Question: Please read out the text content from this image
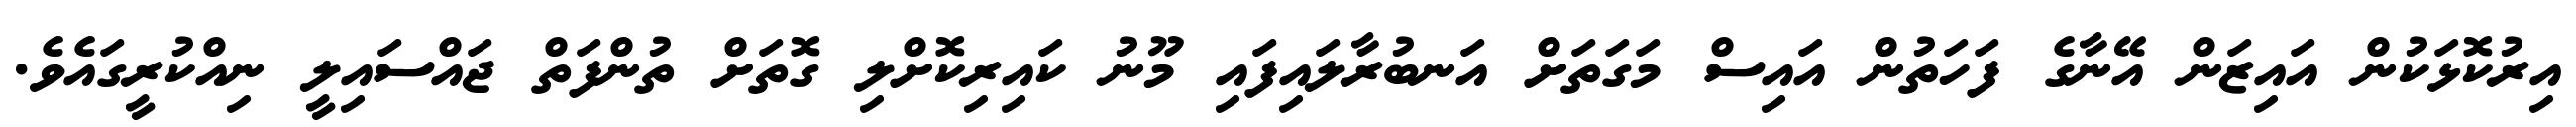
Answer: އިރުކޮޅަކުން އައިޒަން އޭނާގެ ފަހަތުން އައިސް މަގަތަށް އަނބުރާލައިފައި މޫނު ކައިރިކޮށްލި ގޮތަށް ތުންފަތް ޖައްސައިލީ ނިއްކުރީގައެވެ.